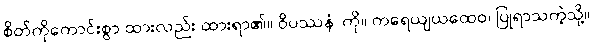
စိတ်ကိုကောင်းစွာ ထားလည်း ထားရာ၏။ ဝိပဿနံ၊ ကို။ ကရေယျယထေဝ၊ ပြုရာသကဲ့သို့။